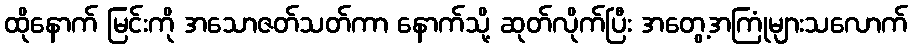
ထိုနောက် မြင်းကို အသောဇတ်သတ်ကာ နောက်သို့ ဆုတ်လိုက်ပြီး အတွေ့အကြုံများသလောက်